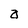
Character: a